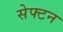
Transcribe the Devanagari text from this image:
सेफ्टन